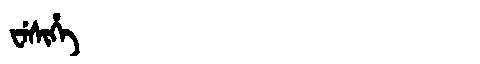
Manchu: ᠸᡝᠰᡳᡥᡝ
Romanization: WESIHE